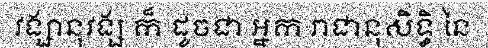
វង្សានុវង្ស ក៏ ដូចជា អ្នក រាជានុសិទ្ធិ នៃ